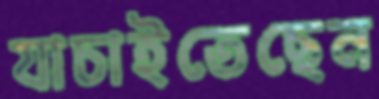
যাচাইতেছেন